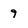
Character: 9